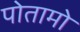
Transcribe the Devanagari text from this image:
पोतामो